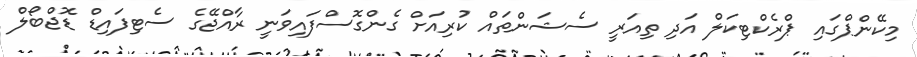
މިކޭންޕްގައި ޕްރެކްޓިކަލް އަދި ތިއަރީ ސެޝަންތައް ކުރިއަށް ގެންގޮސްފައިވަނީ ރާއްޖޭގެ ސެޓިފައިޑް ޑޮޖްބޯލް